Document type: Barter
Year: 1304
Scribe: Pere Pometa
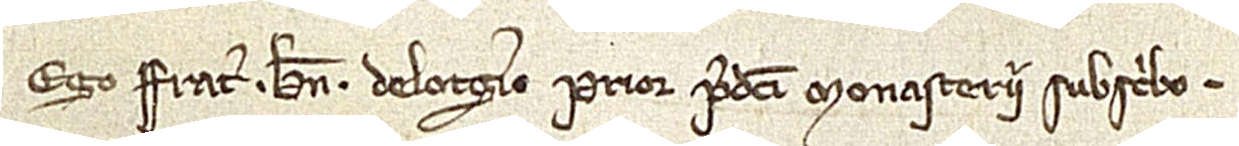
Ego frater Bernardus de Lotgerio, prior predicti monasterii, subscribo.